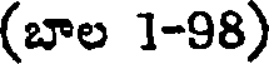
(బాల 1-98)